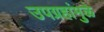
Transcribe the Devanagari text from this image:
उपग्रहांमुळे